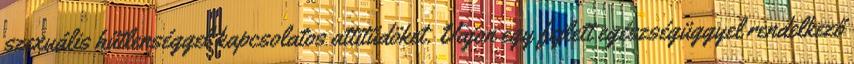
szexuális hűtlenséggel kapcsolatos attitűdöket. Vajon egy fejlett egészségüggyel rendelkező